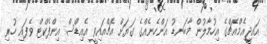
އައޖީއެމްއެޗްގެ އިހުމާލުން މާބަނޑު އަންހެނެއްގެ ގަޔަށް އެޗްއައިވީ އެއިޑްސް އިންފެކްޓް ވެފައި ހުރި